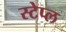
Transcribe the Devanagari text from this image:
स्टेप्ल